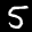
Label: 5